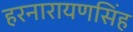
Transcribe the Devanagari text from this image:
हरनारायणसिंह